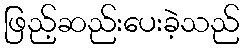
ဖြည့်ဆည်းပေးခဲ့သည်